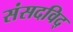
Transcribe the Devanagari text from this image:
संसदविद्‌